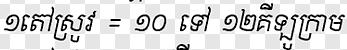
១តៅស្រូវ = ១០ ទៅ ១២គីឡូក្រាម